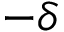
- \delta